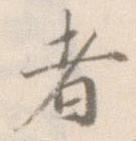
者